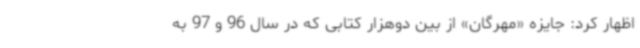
اظهار کرد: جایزه «مهرگان» از بین دوهزار کتابی که در سال 96 و 97 به